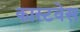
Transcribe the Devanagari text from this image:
कास्टवेस